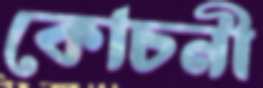
কোচনী